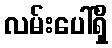
လမ်းပေါ်ရှိ